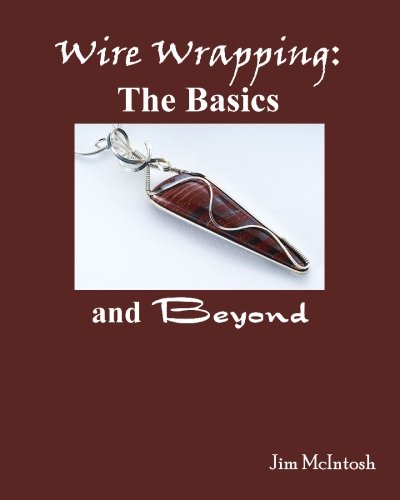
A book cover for Wire Wrapping: The Basics And Beyond; Jim McIntosh; Crafts, Hobbies & Home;